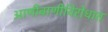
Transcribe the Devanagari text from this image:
आणीबाणीविरोधात